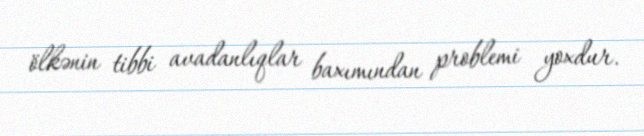
ölkənin tibbi avadanlıqlar baxımından problemi yoxdur.